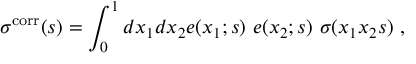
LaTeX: \sigma ^ { \mathrm { c o r r } } ( s ) = \int _ { 0 } ^ { 1 } d x _ { 1 } d x _ { 2 } e ( x _ { 1 } ; s ) ~ e ( x _ { 2 } ; s ) ~ \sigma ( x _ { 1 } x _ { 2 } s ) ~ ,